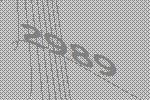
2989